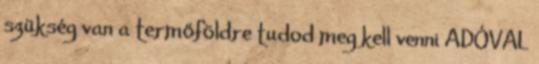
szükség van a termőföldre tudod meg kell venni ADÓVAL